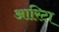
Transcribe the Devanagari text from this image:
आरिटा